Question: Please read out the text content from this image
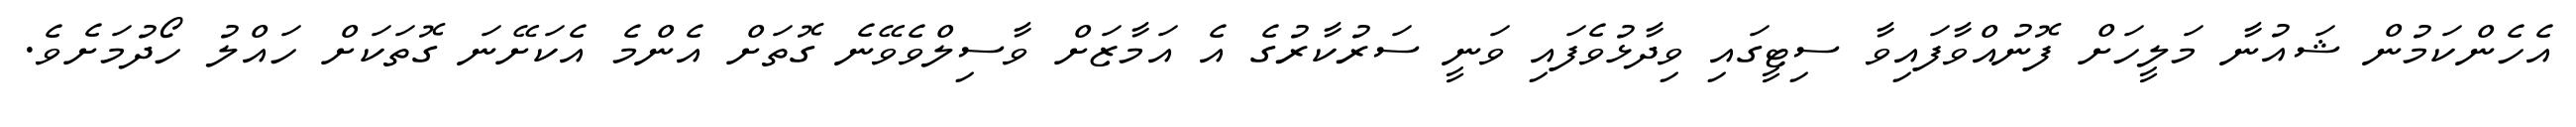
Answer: އެހެންކަމުން ޝައުނާ މަލީހަށް ފޮނުއްވާފައިވާ ސިޓީގައި ވިދާޅުވެފައި ވަނީ ސަރުކާރުގެ އެ އަމާޒަށް ވާސިލްވެވޭނެ ގޮތަށް އެންމެ އެކަށޭނަ ގޮތަކަށް ހައްލު ހޯދުމަށެވެ.